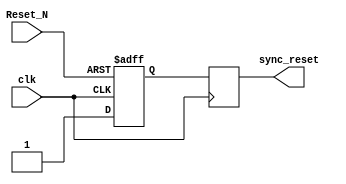
module async_reset_synchronizer (
    input wire clk,          // Clock input
    input wire Reset_N,      // Active-low asynchronous reset
    output reg sync_reset     // Synchronized reset output
);
    // Internal registers for synchronization
    reg reset_ff1;           // First flip-flop stage
    reg reset_ff2;           // Second flip-flop stage

    always @(posedge clk or negedge Reset_N) begin
        if (!Reset_N) begin
            // Asynchronous reset active
            reset_ff1 <= 1'b0; // Reset the first flip-flop
        end else begin
            reset_ff1 <= 1'b1; // Release reset for the first flip-flop
        end
    end

    always @(posedge clk) begin
        // Synchronize the reset signal
        reset_ff2 <= reset_ff1; // Transfer to the second flip-flop
    end

    // Output the synchronized reset signal
    assign sync_reset = reset_ff2;

endmodule